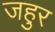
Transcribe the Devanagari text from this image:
जहुर